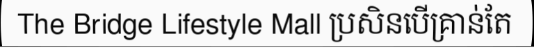
The Bridge Lifestyle Mall ប្រសិនបើគ្រាន់តែ